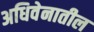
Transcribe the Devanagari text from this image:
अधिवेनातील